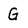
Character: G